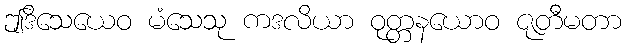
ဤဒိသေယေဝ မံသေသု ကဒလိယာ ဝုတ္တနယောဝ ဇုတီမတာ